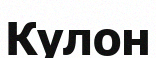
Кулон